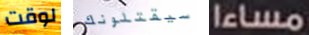
لوقت سيقتلونك مساءا